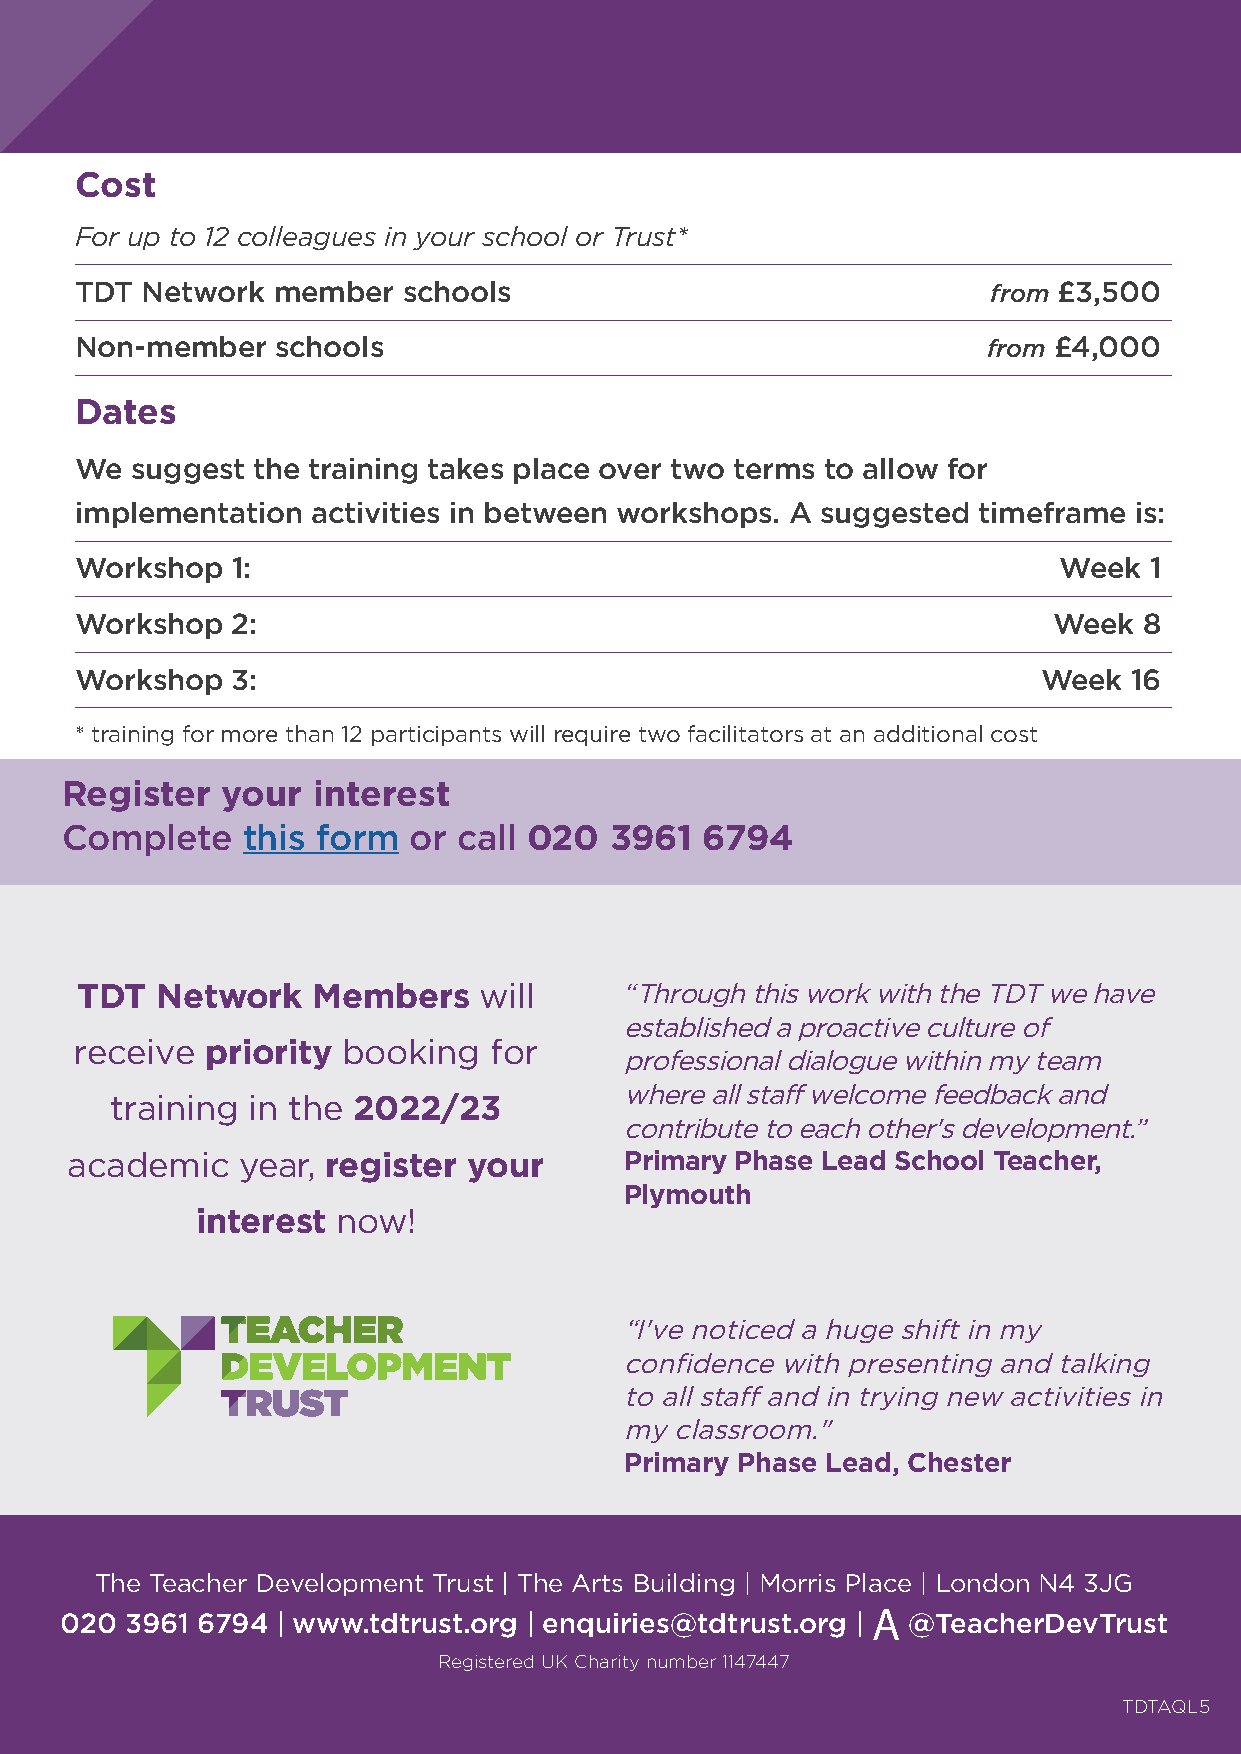
Cost
 For up to 12 colleagues in your school or Trust*
 TDT Network  member   schools                                from £3,500
 Non-member   schools                                        from £4,000
 Dates
 We  suggest the training takes place over two terms to allow for
 implementation  activities in between workshops. A suggested timeframe is:
 Workshop  1:                                                     Week  1
 Workshop  2:                                                     Week  8
 Workshop  3:                                                    Week  16
 * training for more than 12 participants will require two facilitators at an additional cost
 Register   your  interest
 Complete    this form  or call 020  3961  6794
 TDT  Network    Members    will     “Through this work with the TDT we have
 established a proactive culture of
 receive  priority booking  for
 professional dialogue within my team
 where all staff welcome feedback and
 training in the 2022/23
 contribute to each other's development.”
 academic    year, register your      Primary Phase Lead School Teacher,
 Plymouth
 interest now!
 “I've noticed a huge shift in my
 confidence with presenting and talking
 to all staff and in trying new activities in
 my classroom."
 Primary Phase Lead, Chester
 The Teacher Development Trust | The Arts Building | Morris Place | London N4 3JG
 020 3961 6794 | www.tdtrust.org | enquiries@tdtrust.org | A @TeacherDevTrust
 Registered UK Charity number 1147447
 TDTAQL5